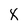
Character: x